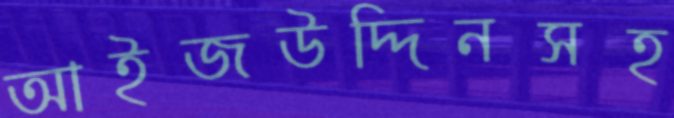
আইজউদ্দিনসহ